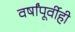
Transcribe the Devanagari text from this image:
वर्षांपूर्वीही